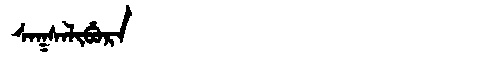
Manchu: ᠰᠠᡴᠰᠠᠯᡳᠪᡠᡵᠠ
Romanization: SAKSALIBURA